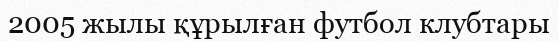
2005 жылы құрылған футбол клубтары